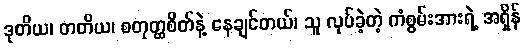
ဒုတိယ၊ တတိယ၊ စတုတ္ထစိတ်နဲ့ နေချင်တယ်၊ သူ လုပ်ခဲ့တဲ့ ကံစွမ်းအားရဲ့ အရှိန်